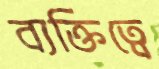
ব্যক্তিত্বে